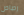
رصاص